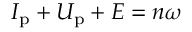
I _ { \mathrm { p } } + U _ { \mathrm { p } } + E = n \omega